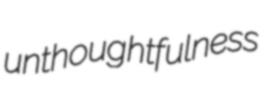
unthoughtfulness